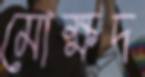
মোক্ষদ